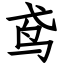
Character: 鸢